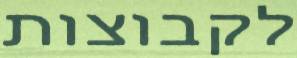
לקבוצות